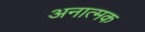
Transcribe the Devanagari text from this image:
अनात्मक